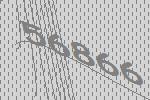
56866